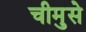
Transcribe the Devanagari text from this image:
चीमुसे